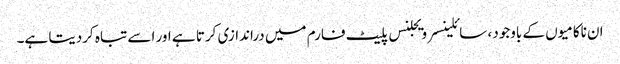
ان ناکامیوں کے باوجود ، سائلینسر ویجلنس پلیٹ فارم میں دراندازی کرتا ہے اور اسے تباہ کردیتا ہے۔